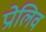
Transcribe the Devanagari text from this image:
प्रोलिव